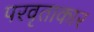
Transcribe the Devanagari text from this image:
परवृताकार